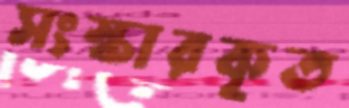
সংস্কারকৃত